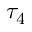
\tau _ { 4 }